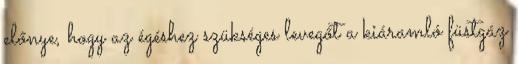
előnye, hogy az égéshez szükséges levegőt a kiáramló füstgáz